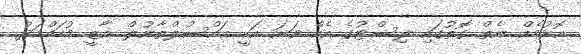
އޮޅުމެއް ނެތް ގޮތުގައި ލިސްޓުގެ އެއް ވަނަ އަކީ އައްސުލްތާނުލް ޣާޒީ މުހައްމަދު